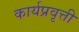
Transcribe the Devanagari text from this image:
कार्यप्रवृत्ती